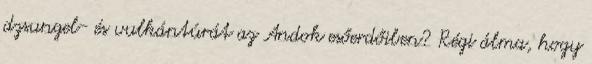
dzsungel- és vulkántúrát az Andok esőerdőiben? Régi álma, hogy